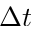
\Delta { t }